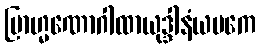
ဗြာဟ္မဏောဂါထာယုဒ္ဒါနံယမကေ